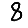
Digit: 8